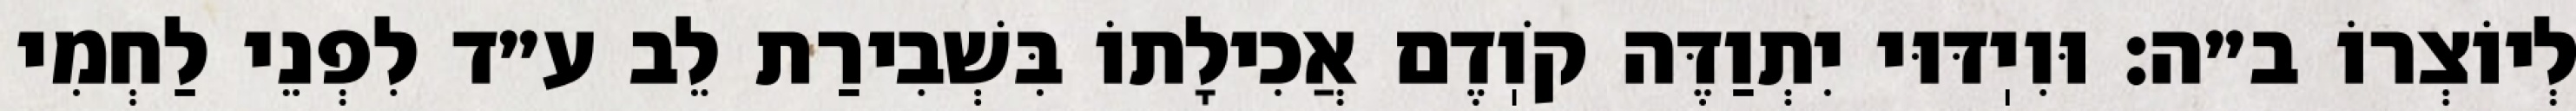
לְיוֹצְרוֹ ב״ה: וּוִיֽדּוּי יִתְוַדֶּה קֹוֽדֶם אֲכִילָתוֹ בִּשְׁבִירַת לֵב ע״ד לִפְנֵי לַחְמִי